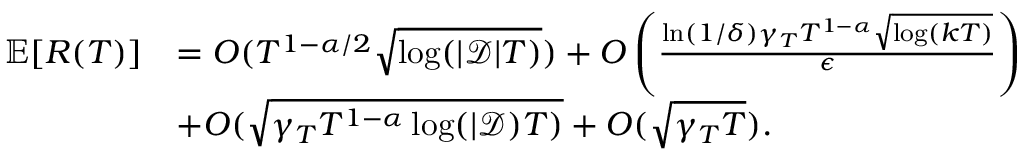
\begin{array} { r l } { \mathbb { E } [ R ( T ) ] } & { = O ( T ^ { 1 - \alpha / 2 } \sqrt { \log ( | \mathcal { D } | T ) } ) + O \left( \frac { \ln ( 1 / \delta ) \gamma _ { T } T ^ { 1 - \alpha } \sqrt { \log ( k T ) } } { \epsilon } \right) } \\ & { + O ( \sqrt { \gamma _ { T } T ^ { 1 - \alpha } \log ( | \mathcal { D } ) T ) } + O ( \sqrt { \gamma _ { T } T } ) . } \end{array}